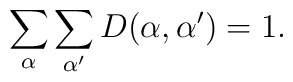
\sum_\alpha\sum_{\alpha '} D(\alpha,\alpha ')=1.